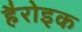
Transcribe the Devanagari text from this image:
हैरोइक